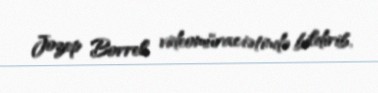
Jozep Borrel videomüraciətində bildirib.